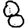
Digit: 8